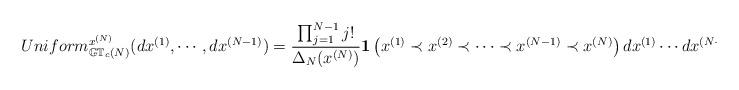
LaTeX: \begin{align*}Uniform_{\mathbb{GT}_c(N)}^{x^{(N)}}(dx^{(1)},\cdots,dx^{(N-1)})=\frac{\prod_{j=1}^{N-1}j!}{\Delta_N(x^{(N)})}\textbf{1}\left(x ^{(1)}\prec x ^{(2)}\prec \cdots \prec x ^{(N-1)}\prec x ^{(N)}\right)dx^{(1)}\cdots dx^{(N-1)},\end{align*}